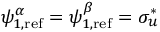
\psi _ { 1 , \mathrm { r e f } } ^ { \alpha } = \psi _ { 1 , \mathrm { r e f } } ^ { \beta } = \sigma _ { u } ^ { * }